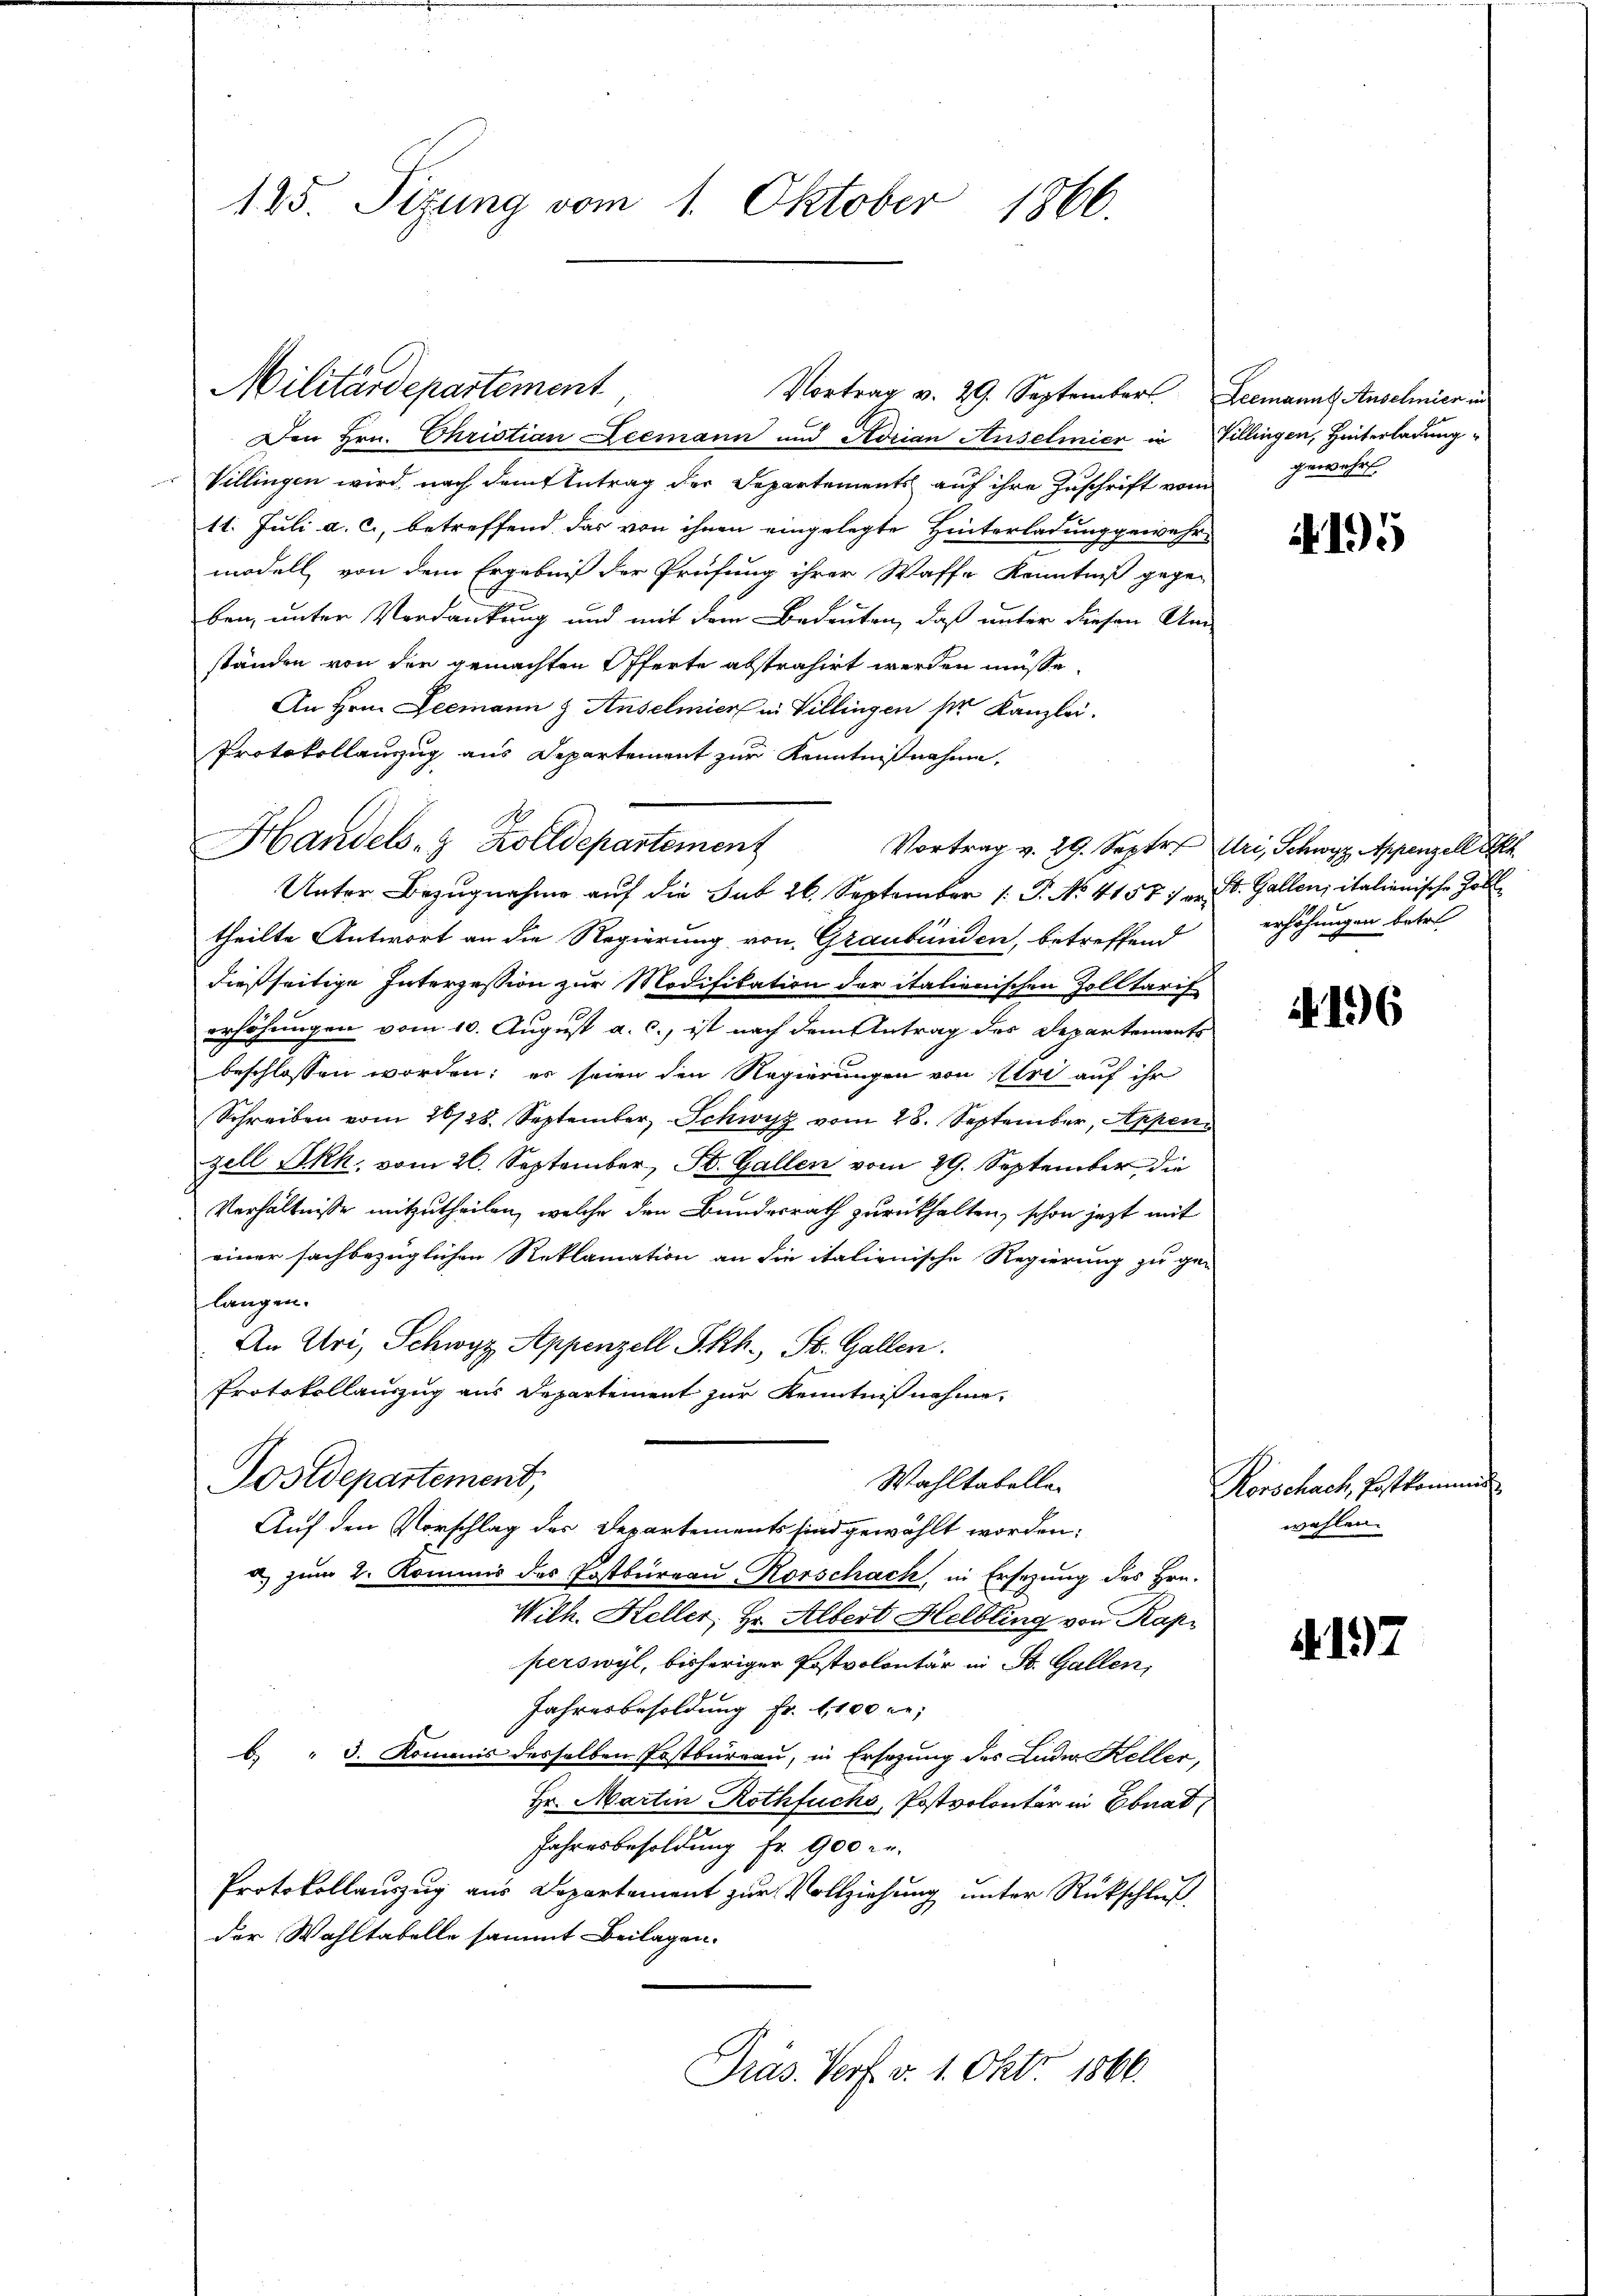
125. Sizung vom 1. Oktober 1866.

Den Hrn. Christian Leemann und Adrian Anselmier in Villingen, Hinterladung
Villingen wird nach dem Antrag der Departements auf ihre Zuschrift vom
11. Juli a. c., betreffend das von ihnen eingelegte Hinterladung gewahr-
modell, von dem Ergebniß der Prüfung ihrer Waffe Kenntniß gege-
ben, unter Verdankung und mit dem Bedeuten, daß unter diesen Um
ständen von den gemachten Offerte abstrahirt werden müsse,
An Hrn. Leemann & Anselmier in Villingen pr. Kanzlei.
theilte Antwort an die Regierung von Graubünden, betreffend
dießseitige Interzession zur Modifikation der italienischen Zolltarif
erhöhungen vom 10. August a. c., ist nach dem Antrag des Departements
beschlossen worden; es seien den Regierungen von Uri auf ihr
Schreiben vom 26728. September, Schwisz vom 28. September, Appen
zell SRh., vom 26. September, St. Gallen vom 29. September die
Verhältnisse mitzutheilen, welche den Bundesrath zurückhalten, schon jetzt mit
einer sachbezüglichen Reklamation an die italienische Regierung zu gelangen.
An Uri, Schwyz Appenzell Skh., St. Gallen.
Protokollauszug aus Departement zur Kenntnißnahme,
Postdepartement,
Wahltabelle
Auf den Vorschlag des Departements sind gewählt worden.
u zum 2. Kommis des Postbureau Rorschach, in Ersezung des Hrn.
Wilh. Heller, Hr. Albert Helbling von Rap
perswyl, bisheriger Postvolontär in St. Gallen,
Jahresbesoldung fr. 1100 re
 " 3. Kommis desselben Postbureau, in Ersezung des Luder Keller,
Hr. Martin Rothfuchs, Postvolontär in Ebnat
Jahresbesoldung fr. 900 r.
Protokollauszug aus Departement zur Vollziehung unter Rückschluß
der Wahltabelle sammt Beilagen.
Präs. Verf. v. 1. Okt. 1866.

Militärdepartement
Vortrag v. 29. September Leemanns Anschmier in

Protokollanzug aus Departement zur Kenntnißnahme,
Handels- & Zolldepartement
Unter Bezugnahme auf die Sub 26. September 1. P. No 4158 :/ an St. Gallen italienische Zölle

gewährt.

4195

Vortrag v. 29. Septr. Uri, Schwyz, Appenzell Ah.
erhöhungen betre

196

Rorschach, Postkommis
wahlen.

197